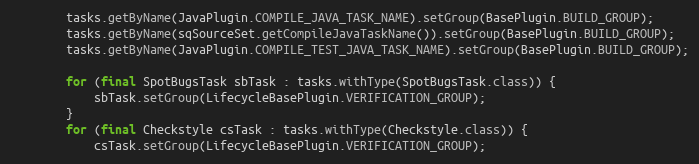
Language: Java
        tasks.getByName(JavaPlugin.COMPILE_JAVA_TASK_NAME).setGroup(BasePlugin.BUILD_GROUP);
        tasks.getByName(sqSourceSet.getCompileJavaTaskName()).setGroup(BasePlugin.BUILD_GROUP);
        tasks.getByName(JavaPlugin.COMPILE_TEST_JAVA_TASK_NAME).setGroup(BasePlugin.BUILD_GROUP);

        for (final SpotBugsTask sbTask : tasks.withType(SpotBugsTask.class)) {
            sbTask.setGroup(LifecycleBasePlugin.VERIFICATION_GROUP);
        }
        for (final Checkstyle csTask : tasks.withType(Checkstyle.class)) {
            csTask.setGroup(LifecycleBasePlugin.VERIFICATION_GROUP);